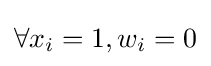
\forall x_{i}=1,w_{i}=0